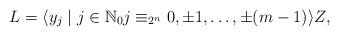
LaTeX: \begin{align*} L= \langle y_j \mid j \in \mathbb{N}_0 j \equiv_{2^n} 0, \pm 1, \ldots, \pm (m-1) \rangle Z, \end{align*}